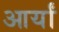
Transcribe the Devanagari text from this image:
आर्यां